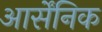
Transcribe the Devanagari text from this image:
आर्सेंनिक